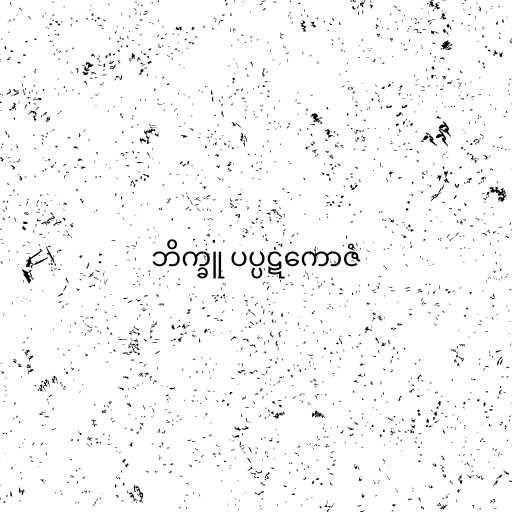
ဘိက္ခူ ပပ္ပဋကောဇံ